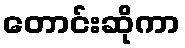
တောင်းဆိုကာ